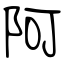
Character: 阿